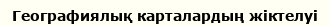
Географиялық карталардың жіктелуі